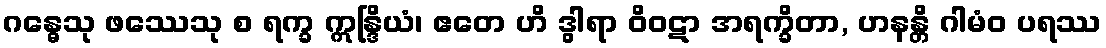
ဂန္ဓေသု ဖဿေသု စ ရက္ခ ဣန္ဒြိယံ၊ ဧတေ ဟိ ဒွါရာ ဝိဝဋာ အရက္ခိတာ, ဟနန္တိ ဂါမံဝ ပရဿ